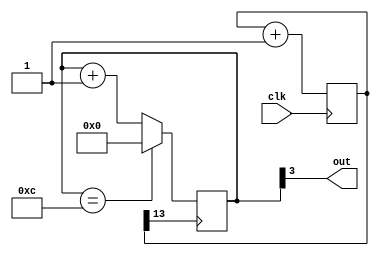
//built-in frequency divided by 2^13, then divided by 13
//100M/(2^13) = 6103.5Hz
//6103.5/13 = 469.5Hz
//used counter to divide by 13
//input: built-in clock 100M Hz
//output: output clock 469.5 Hz

module my_counter_2(
        input clk,
        output out
    );
    reg[13:0]qq=0;
    reg[3:0]q=0;
    wire my_clk;
        always @(posedge clk)
        begin
            qq<=qq+1;
        end
            assign my_clk=qq[13];
       
        always @(posedge my_clk)
        begin
            if(q==12)
                q<=0;
            else
                q<=q+1;
        end
            assign out=q[3];
    
endmodule